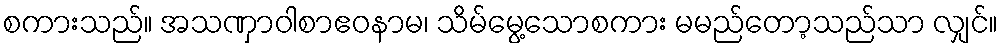
စကားသည်။ အသဏှာဝါစာဧဝနာမ၊ သိမ်မွေ့သောစကား မမည်တော့သည်သာ လျှင်။